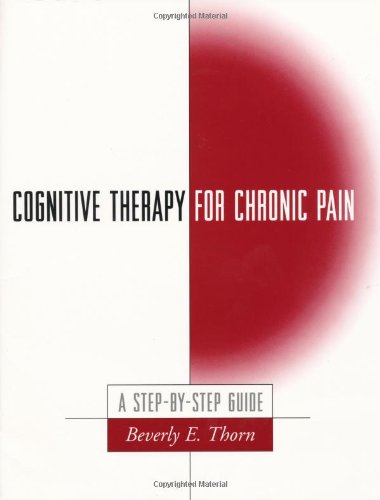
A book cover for Cognitive Therapy for Chronic Pain: A Step-by-Step Guide; Beverly E. Thorn Phd; Health, Fitness & Dieting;